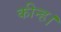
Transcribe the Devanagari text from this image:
कीन्‍ह।